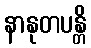
နာနုတပန္တိ